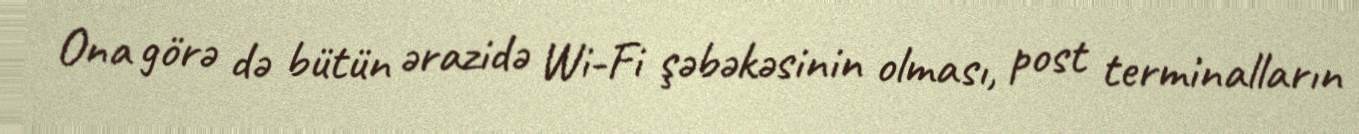
Ona görə də bütün ərazidə Wi-Fi şəbəkəsinin olması, post terminalların